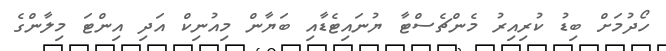
ހޯދުމަށް ބިޑު ކުރިއިރު މެންޗެސްޓާ ޔުނައިޓެޑާއި ބަޔާން މިއުނިކް އަދި އިންޓަ މިލާންގެ